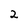
Character: 2